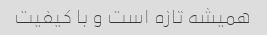
همیشه تازه است و با کیفیت